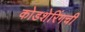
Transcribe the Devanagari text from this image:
कोडशेरिंगची